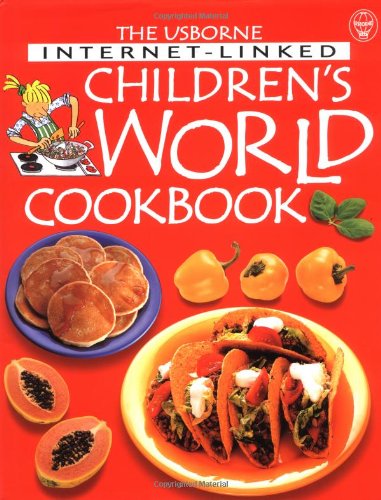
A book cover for Internet-linked Children's World Cookbook; Angela Wilkes; Teen & Young Adult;